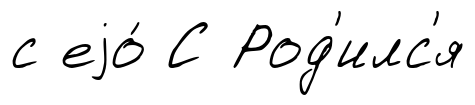
с еjо́ С Род'илс'я